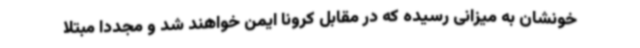
خونشان به میزانی رسیده که در مقابل کرونا ایمن خواهند شد و مجدداً مبتلا